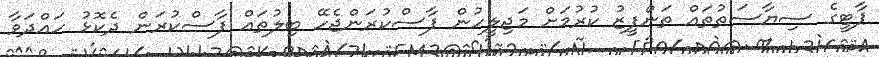
ޕާޓީގެ ސިޔާސަތުތައް ތަންފީޒު ކުރުމަށް މަޖިލީހުން ފާސްކުރަންޖެހޭ ބިލުތައް ފާސްކުރަން ދެކޮޅު ހައްދަވާ